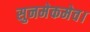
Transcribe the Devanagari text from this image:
सुनमेकमेव।